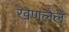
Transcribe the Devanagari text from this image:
खणलेले